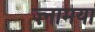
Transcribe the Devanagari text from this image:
ज़्नामया